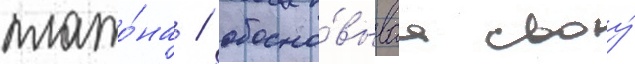
плато́на / обосно́вываа своу́